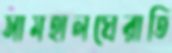
সামহালঘেরাতি